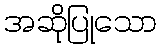
အဆိုပြုသော